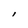
Character: l